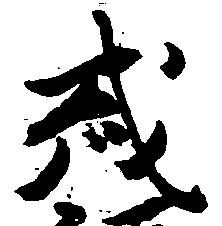
或